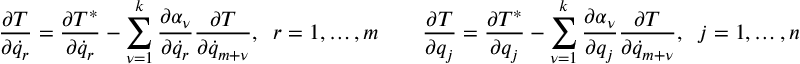
\frac { \partial T } { \partial { \dot { q } } _ { r } } = \frac { \partial T ^ { * } } { \partial { \dot { q } } _ { r } } - \sum _ { \nu = 1 } ^ { k } \frac { \partial \alpha _ { \nu } } { \partial { \dot { q } } _ { r } } \frac { \partial T } { \partial { \dot { q } } _ { m + \nu } } , \; \; r = 1 , \dots , m \qquad \frac { \partial T } { \partial q _ { j } } = \frac { \partial T ^ { * } } { \partial q _ { j } } - \sum _ { \nu = 1 } ^ { k } \frac { \partial \alpha _ { \nu } } { \partial q _ { j } } \frac { \partial T } { \partial { \dot { q } } _ { m + \nu } } , \; \; j = 1 , \dots , n